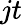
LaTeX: jt